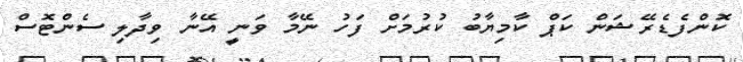
ކޮންފެޑެރޭޝަން ކަޕް ކާމިޔާބު ކުރުމަށް ފަހު ނޭމާ ވަނީ އޭނާ ވިދާލި ސެންޓޮސް